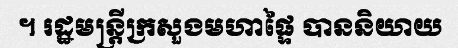
។ រដ្ឋមន្ត្រីក្រសួងមហាផ្ទៃ បាននិយាយ